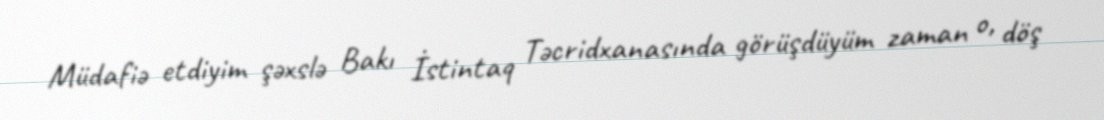
Müdafiə etdiyim şəxslə Bakı İstintaq Təcridxanasında görüşdüyüm zaman o, döş